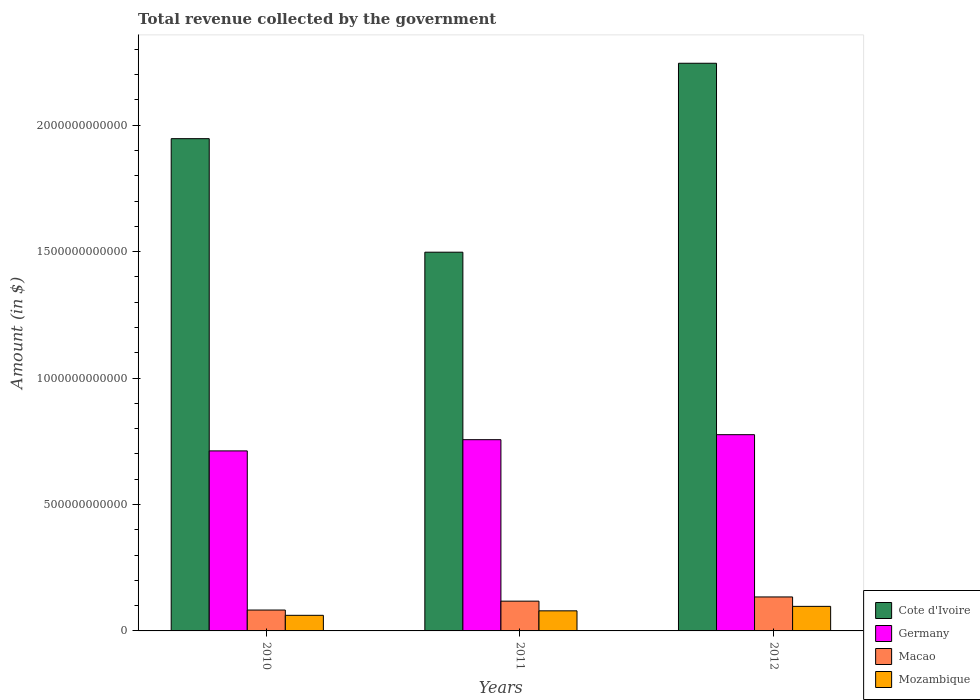
| Years | Cote d'Ivoire | Germany | Macao | Mozambique |
 | --- | --- | --- | --- | --- |
 | 2010 | 1.95e+12 | 7.12e+11 | 8.26e+10 | 6.17e+10 |
 | 2011 | 1.5e+12 | 7.56e+11 | 1.18e+11 | 7.94e+10 |
 | 2012 | 2.24e+12 | 7.76e+11 | 1.34e+11 | 9.71e+10 |